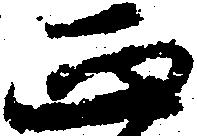
正